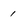
Character: 1